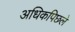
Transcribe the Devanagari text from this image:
अधिकपिछले